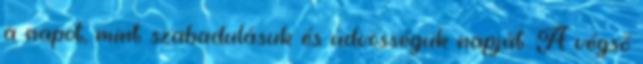
a napot, mint szabadulásuk és üdvösségük napját. A végső